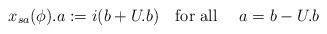
LaTeX: \begin{align*}x_{sa}(\phi).a := i (b + U.b) \mbox{\quad for all \quad }a = b - U.b\end{align*}